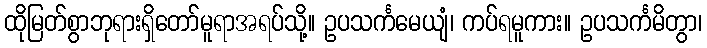
ထိုမြတ်စွာဘုရားရှိတော်မူရာအရပ်သို့။ ဥပသင်္ကမေယျံ၊ ကပ်ရမူကား။ ဥပသင်္ကမိတွာ၊